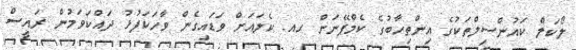
ލޯކަލް ކައުންސިލްތަކުގެ އިންތިހާބުގެ ކެމްޕޭނަށް ހއ. ކެލައަށް ވަޑައިގެން ވާހަކަފުޅު ދައްކަވަމުން ރައީސް